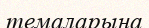
темаларына